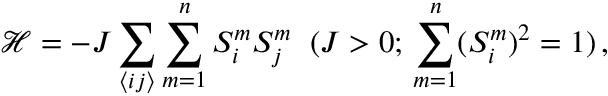
\mathcal { H } = - J \sum _ { \langle i j \rangle } \sum _ { m = 1 } ^ { n } S _ { i } ^ { m } S _ { j } ^ { m } \; \; ( J > 0 ; \, \sum _ { m = 1 } ^ { n } ( S _ { i } ^ { m } ) ^ { 2 } = 1 ) \, ,